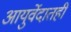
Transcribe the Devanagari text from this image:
आयुर्वेदातही